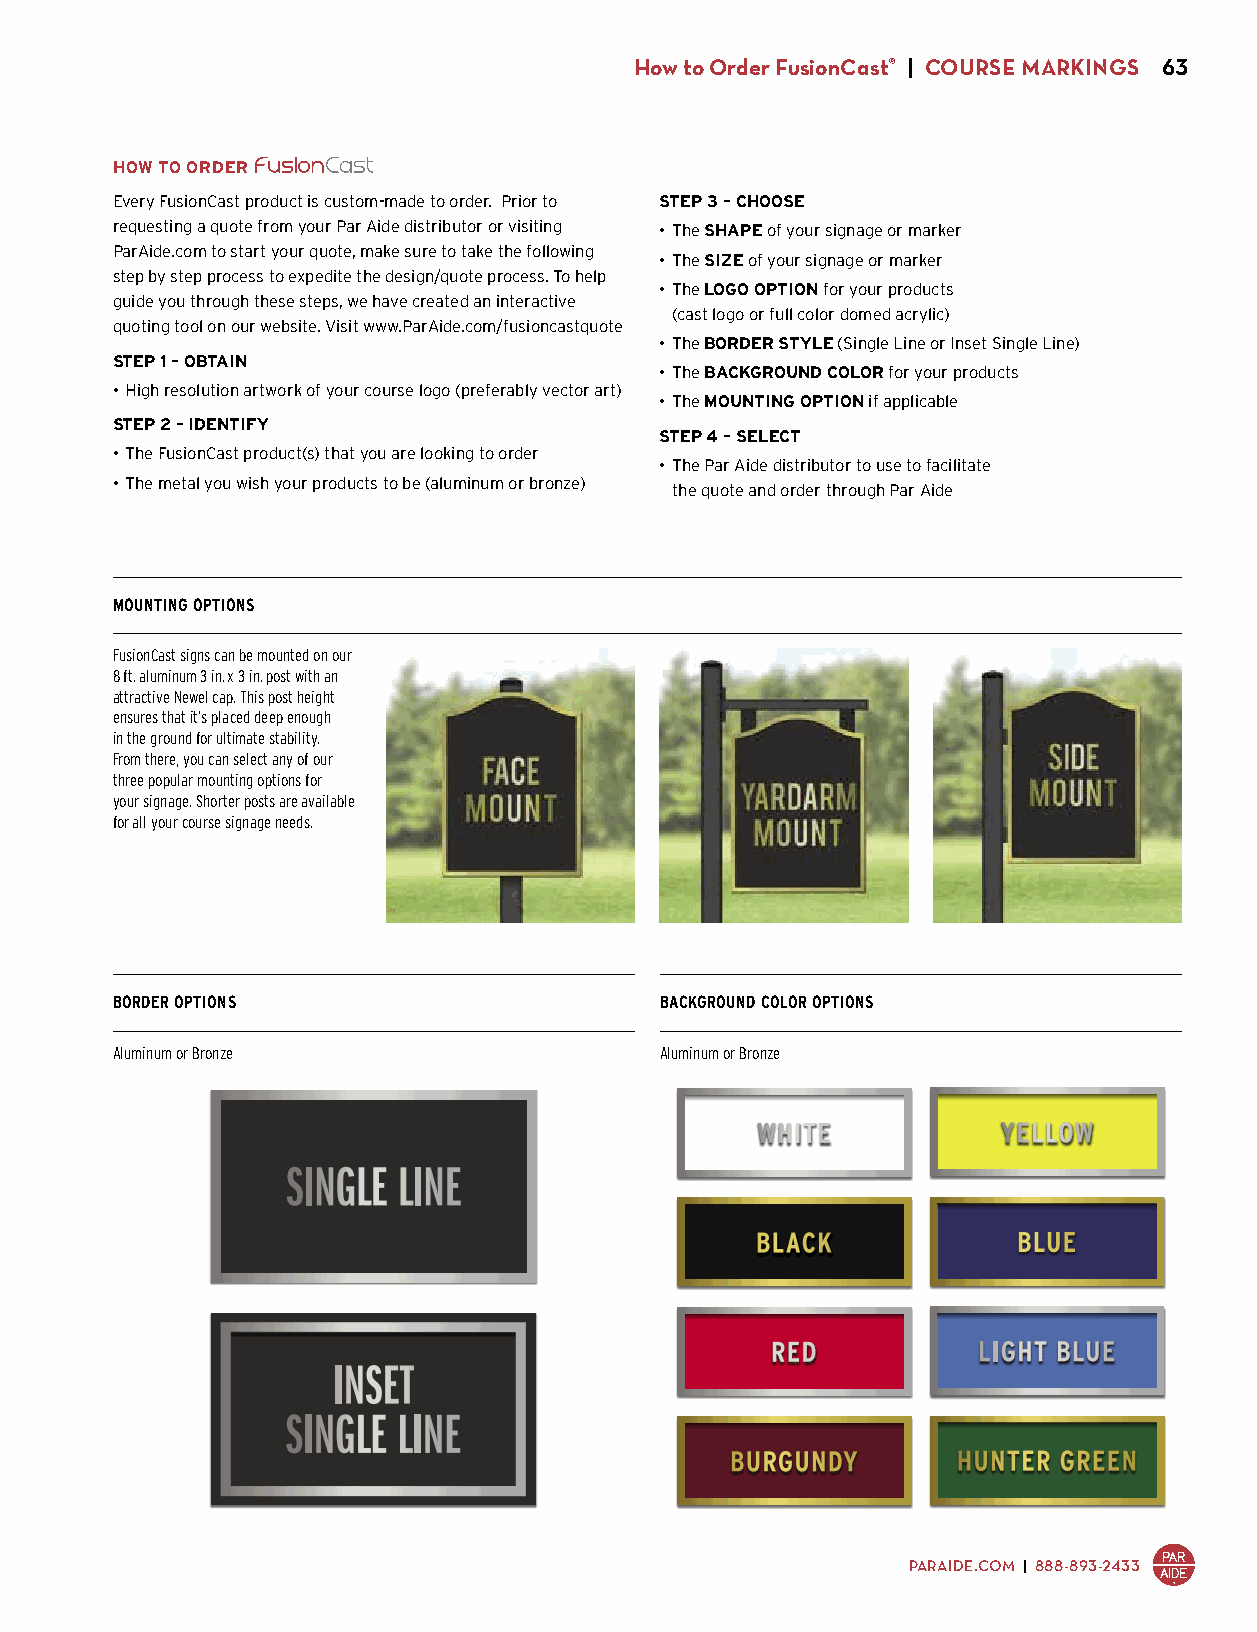
How to Order FusionCast® | COURSE MARKINGS 63
 HOW TO ORDER
 Every FusionCast product is custom-made to order. Prior to STEP 3 – CHOOSE
 requesting a quote from your Par Aide distributor or visiting • The SHAPE of your signage or marker
 ParAide.com to start your quote, make sure to take the following
 • The SIZE of your signage or marker
 step by step process to expedite the design/quote process. To help
 • The LOGO OPTION for your products
 guide you through these steps, we have created an interactive
 (cast logo or full color domed acrylic)
 quoting tool on our website. Visit www.ParAide.com/fusioncastquote
 • The BORDER STYLE (Single Line or Inset Single Line)
 STEP 1 – OBTAIN
 • The BACKGROUND COLOR for your products
 • High resolution artwork of your course logo (preferably vector art)
 • The MOUNTING OPTION if applicable
 STEP 2 – IDENTIFY
 STEP 4 – SELECT
 • The FusionCast product(s) that you are looking to order
 • The Par Aide distributor to use to facilitate
 • The metal you wish your products to be (aluminum or bronze)
 the quote and order through Par Aide
 MOUNTING OPTIONS
 FusionCast signs can be mounted on our
 8 ft. aluminum 3 in. x 3 in. post with an
 attractive Newel cap. This post height
 ensures that it’s placed deep enough
 in the ground for ultimate stability.
 From there, you can select any of our
 three popular mounting options for
 your signage. Shorter posts are available
 for all your course signage needs.
 BORDER OPTIONS                       BACKGROUND COLOR OPTIONS
 Aluminum or Bronze                   Aluminum or Bronze
 PARAIDE.COM | 888-893-2433